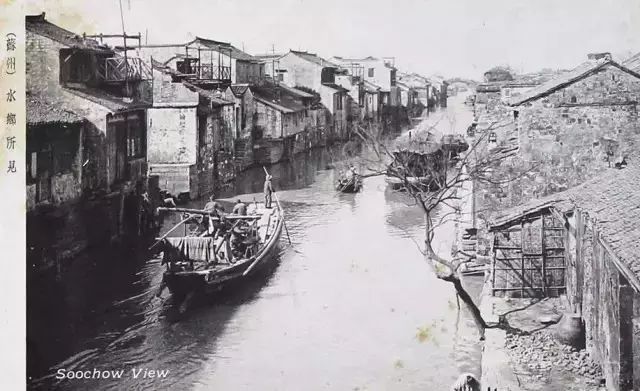
遥知未眠月，乡思在渔歌。